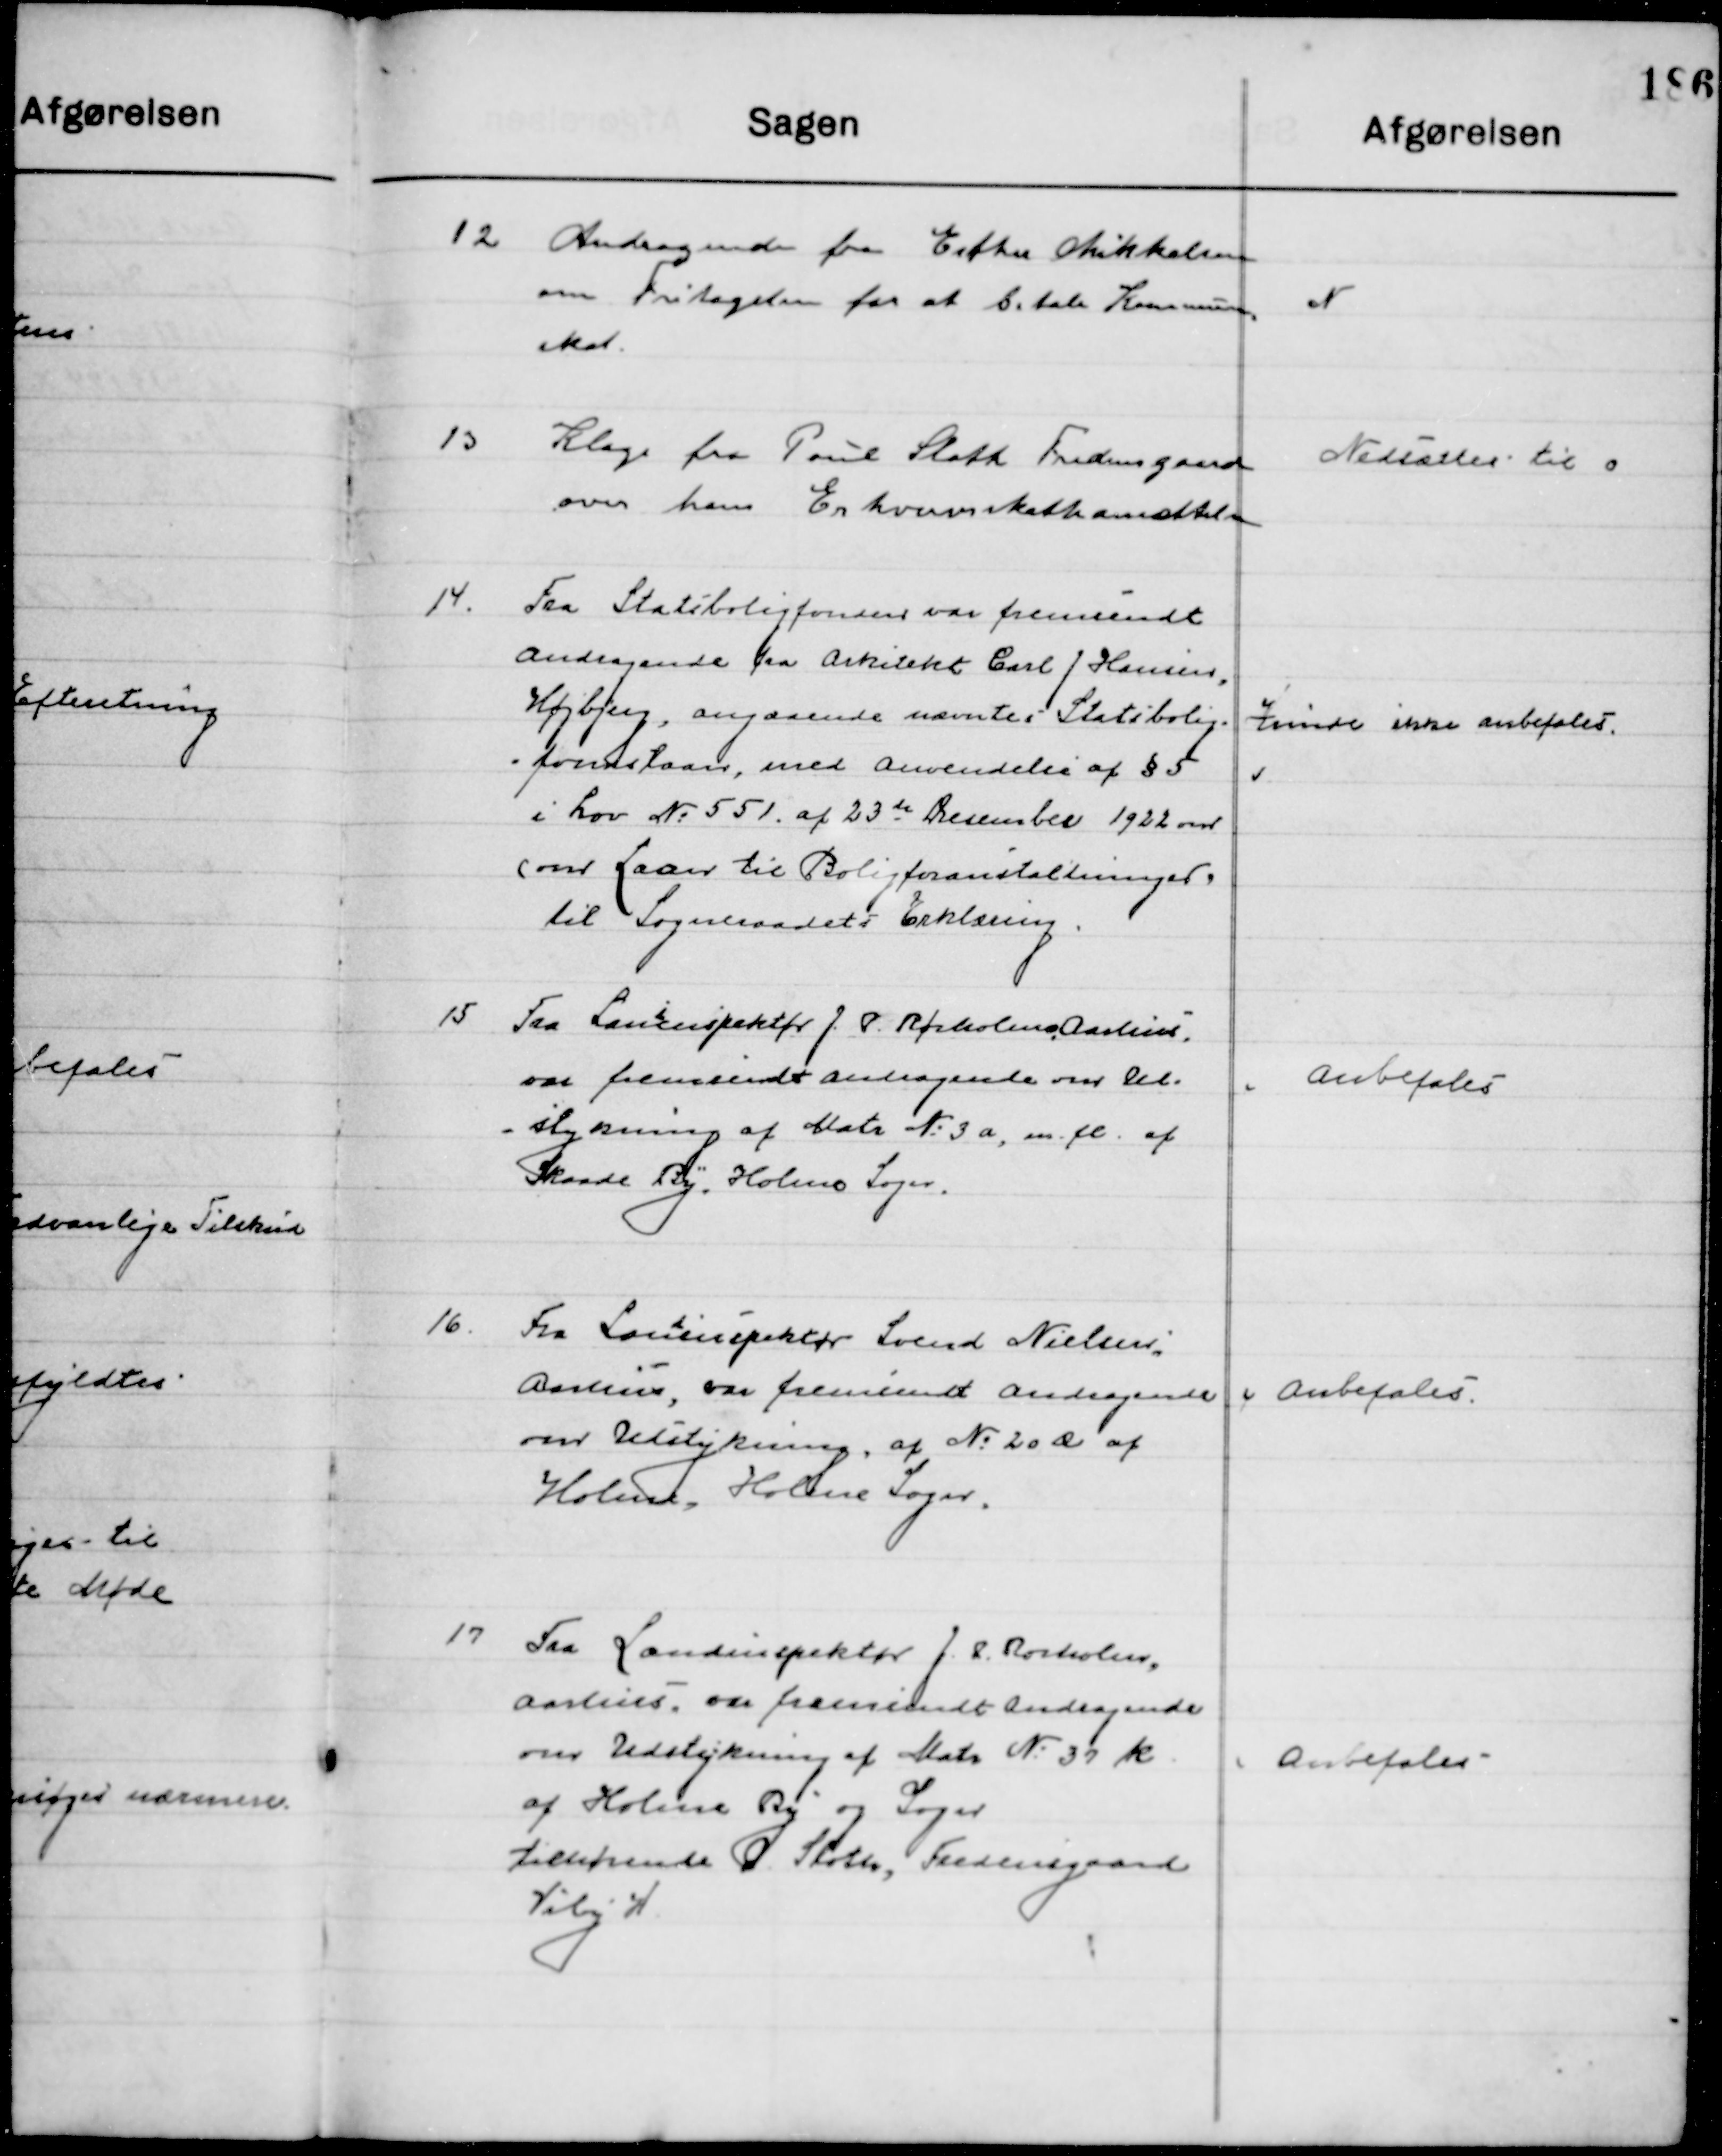
Transskription:
12

Andragende fra Esther Mikkelsen
om Fritagelse for at betale Kommune-
skat.

N.

13

Klage fra Poul Slott Fredensgaard
over hans Erhvervsskatteansættelse

Nedsættes til 0

14

Fra Stadsboligfonden var fremsendt
Andragende fra Arkitekt Carl J. Hansen,
Højbjerg, angaaende nævnte Statsbolig-
=fondslaan, med anvendelse af § 5
i Lov № 551, af 23de December 1922 om
(om Laan til Boligforanstaltninger,  
Til Sogneraadets Erklæring.

Kunde ikke anbefales.

15

Fra Landinspektøren J. P. Rørholm, Aarhus
var fremsendt andragende over Ud-
stykningen af Matr. № 3 a, m. fl. af
Skaade By, Holme Sogn.

Anbefales

16

Fra Lan
d
inspektøren Svend Nielsen,
Aarhus, var fremsendt andragende 
om Udstykningen af № 20 æ,  af
Holme, Holme Sogn.

Anbefales

17

Fra Landinspektøren J. P. Rørholm,
Aarhus, om fremsendt andragende 
om Udstykningen af Matr. № 37 k, 
af Holme By og Sogn.
Tilhørende G. Sloth, Fredensgaard
Viby H.

Anbefales